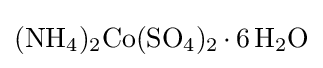
{\ce {(NH4)2Co(SO4)2.6H2O}}